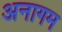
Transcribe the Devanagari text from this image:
अनागम